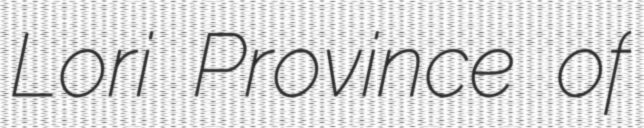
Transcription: Lori Province of